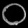
Digit: ၀